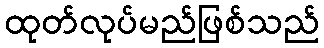
ထုတ်လုပ်မည်ဖြစ်သည်